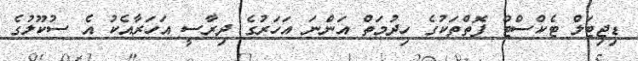
ޑިޖިޓަލް ޓެކްސްޓް ފޮތްތަކުގެ ހިދުމަތް އަންނަ އަހަރުގެ ދިރާސީ އަހަރާއެކު އެ ސުކޫލުގެ